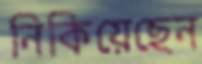
নিকিয়েছেন